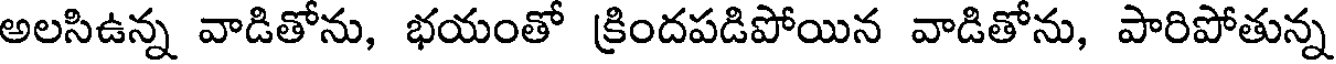
అలసిఉన్న వాడితోను, భయంతో క్రిందపడిపోయిన వాడితోను, పారిపోతున్న